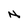
Character: N